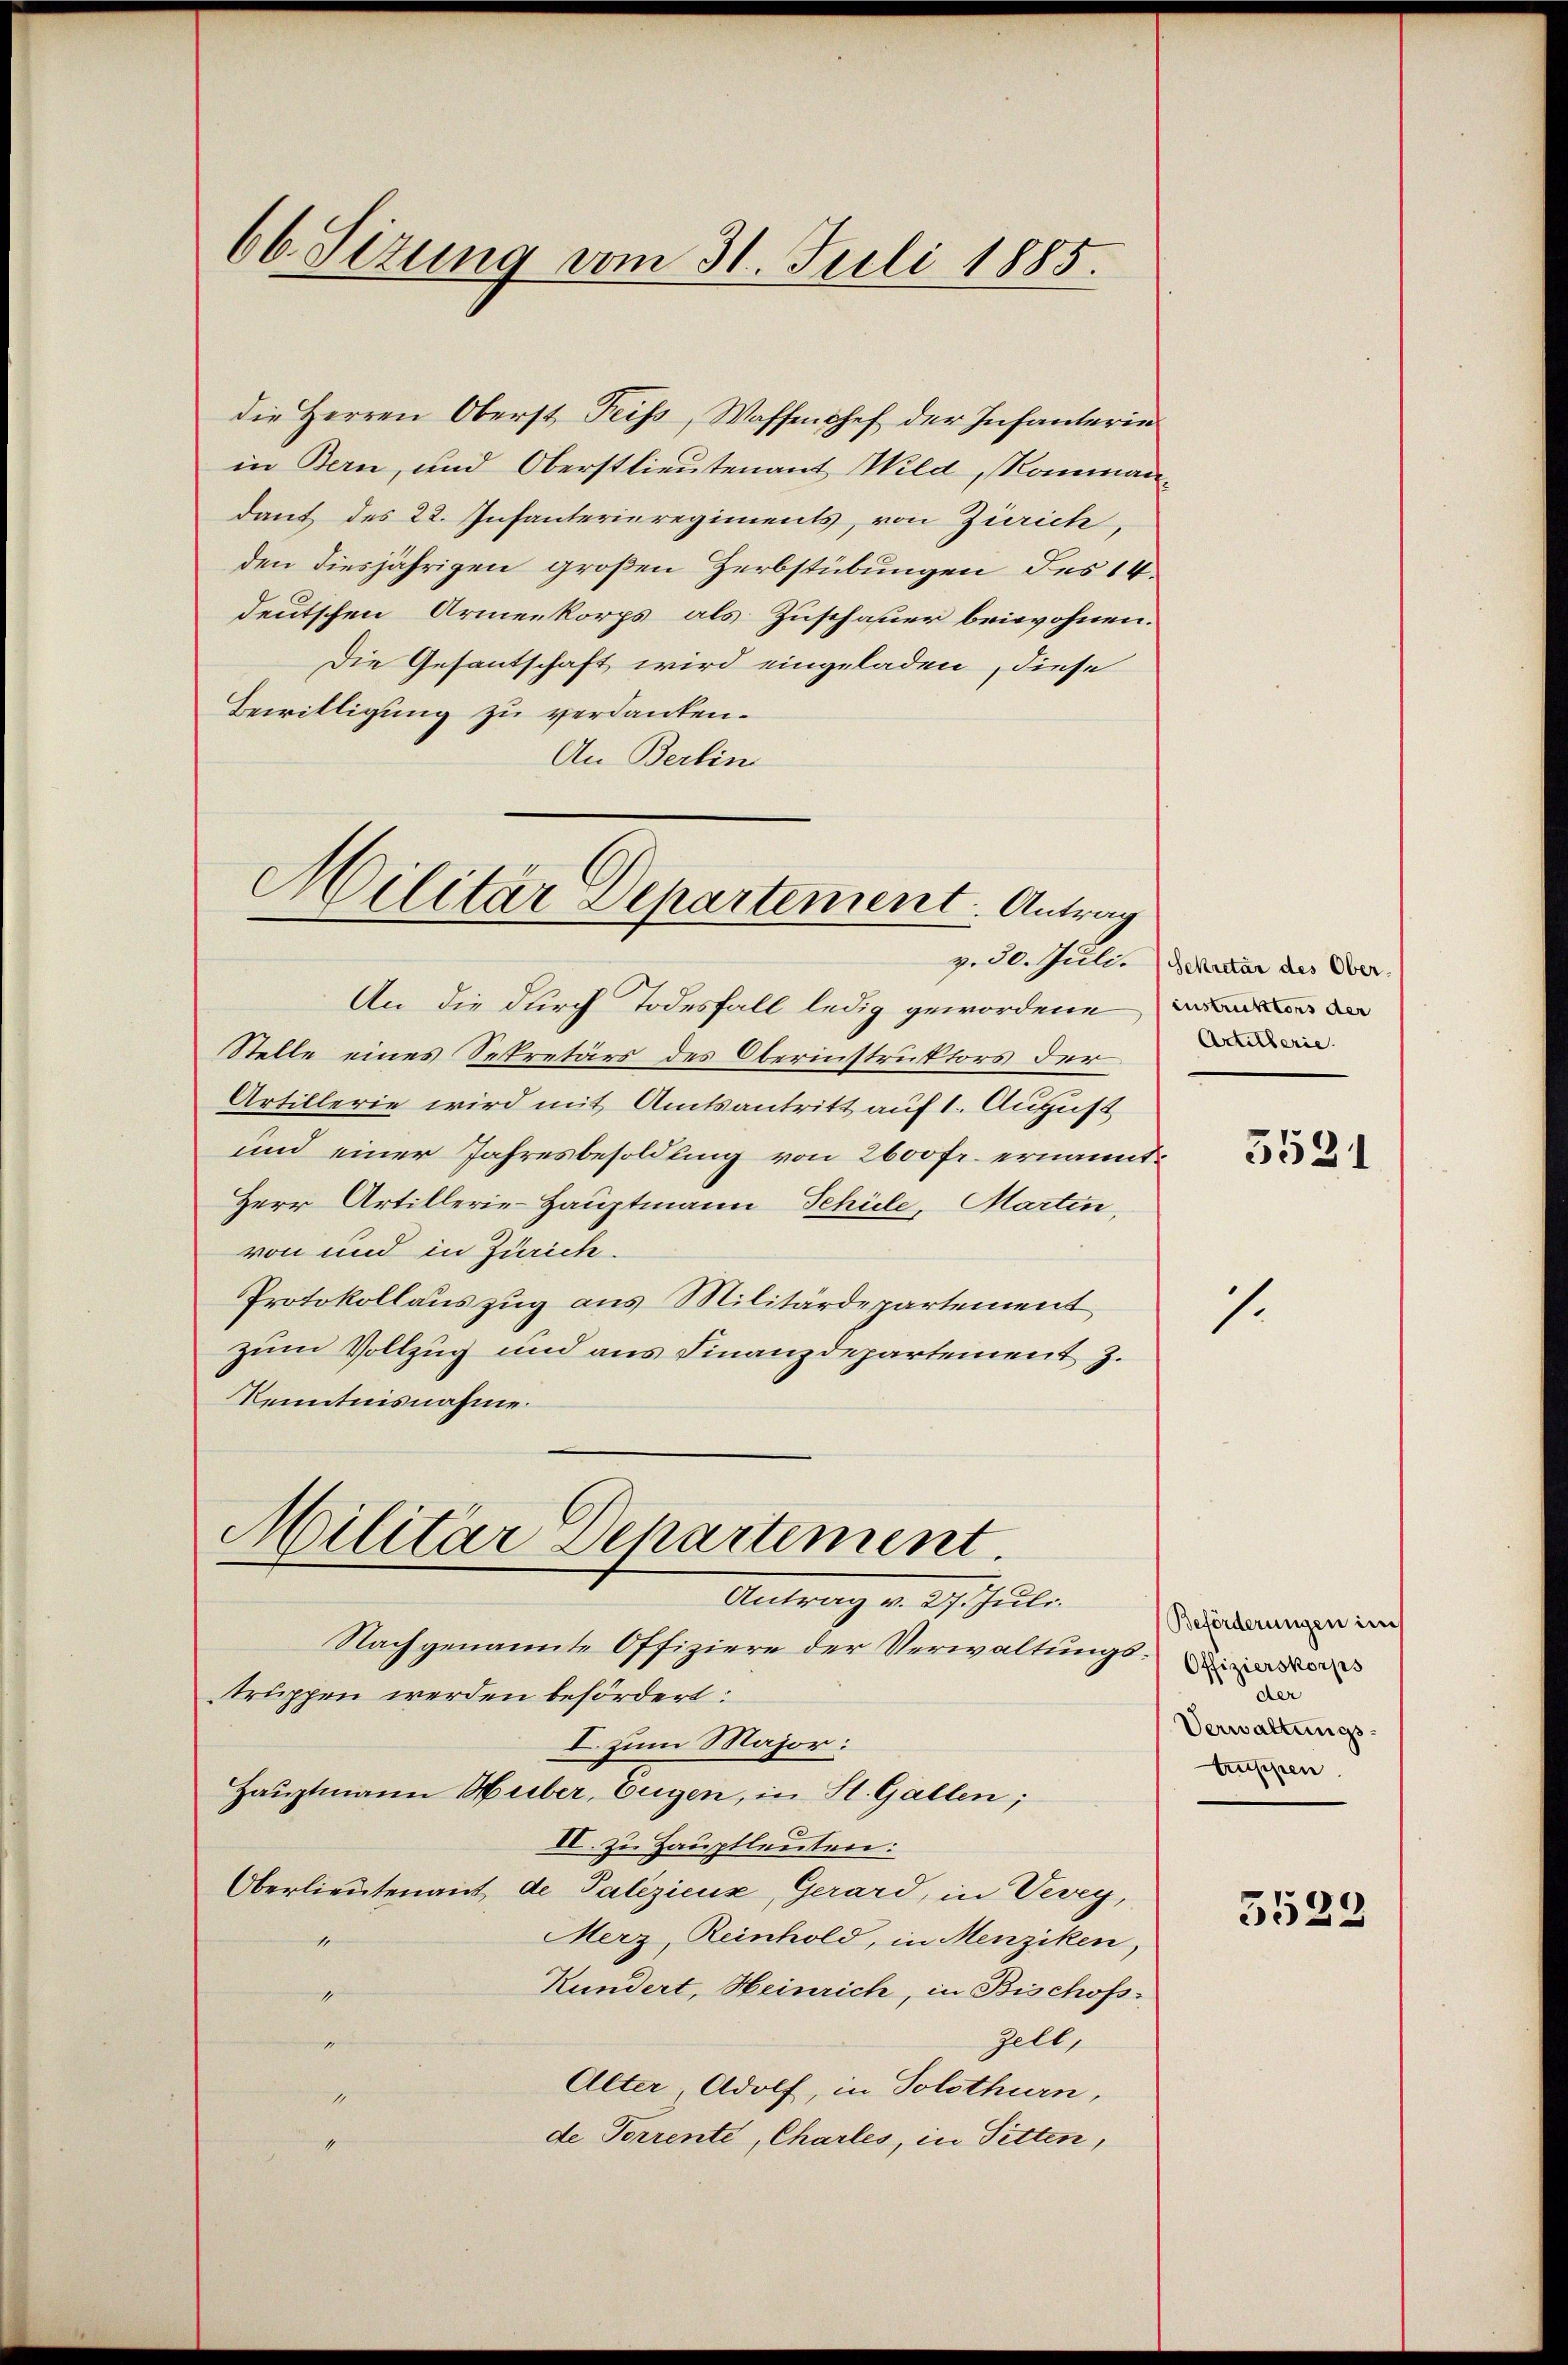
66. Sizung vom 31. Juli 1885.

die Herren Oberst Feiss, Waffenphef der Infanterin
in Bern, und Oberstlieutenant Wild, Raumann.
dant des 22. Infanterieregiments, von Zürich,
den diesjährigen großen Herbstübungen des 14.
deutschen Armenkorps als Zuschauer beiwohnen.
Die Gesantschaft wird eingeladen, diese
Bewilligung zu verdanken.
An Berlin

Militär Departement. Antrag

An die durch Todesfall ledig gewordene
Stelle eines Sekretärs des Oberinstruktors der
Artillerie wird mit Amtsantritt auf 1. August
und einer Jahresbesoldung von 2600 fr. ernannt.
Herr Artillerie-Hauptmann Schüle, Martin,
von und in Zürich.
Protokollauszug aus Militärdepartement
zum Vollzug und aus Finanzdepartement z.
Kenntnisnahme.
Nachgenannte Offiziere der Verwaltungsins
truppen werden befördert:
I. zum Major:
Hauptmann Huber, Eugen, in St. Gallen;
VV. zu Hauptleuten:
Oberlieutenant de Palizienz, Gerard, in Vevey,
Merz, Reinhold, in Menziken,
1
Kundert, Heinrich, in Bischofs-

Zell,
g
Alter Adolf, in Solothurn,
de Torrente, Chartes, in Sitten,

Militär Departement.
Auterung v. 27. Juli.

g. 30. Juli. Sekretär des Ober¬
Artillerie.

5521

1

Beförderungen im
der
Verwaltungstruppen

3522